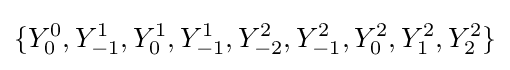
\lbrace Y_{0}^{0},Y_{-1}^{1},Y_{0}^{1},Y_{-1}^{1},Y_{-2}^{2},Y_{-1}^{2},Y_{0}^{2},Y_{1}^{2},Y_{2}^{2}\rbrace